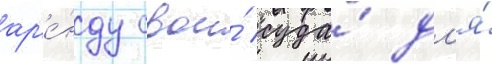
ар'е́нду свои́ суда́ дл'я́